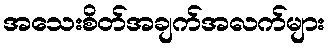
အသေးစိတ်အချက်အလက်များ